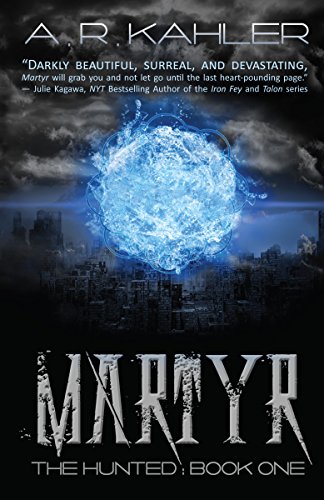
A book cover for Martyr (The Hunted); A.R. Kahler; Teen & Young Adult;